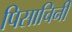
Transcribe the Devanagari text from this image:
पिसाचिनी